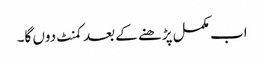
اب مکمل پڑھنے کے بعد کمنٹ دوں گا۔